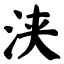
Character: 浃